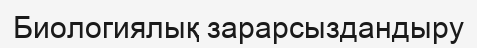
Биологиялық зарарсыздандыру